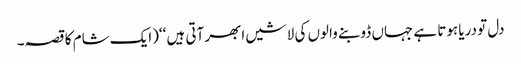
دل تو دریا ہوتا ہے جہاں ڈوبنے والوں کی لاشیں ابھر آتی ہیں ‘‘(ایک شام کا قصہ۔